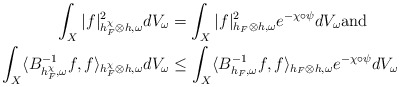
\begin{align*} \int_X|f|^2_{h_F^\chi\otimes h,\omega}dV_\omega&=\int_X|f|^2_{h_F\otimes h,\omega}e^{-\chi\circ\psi}dV_\omega \mathrm{and}\\ \int_X\langle B_{h_F^\chi,\omega}^{-1}f,f\rangle_{h_F^\chi\otimes h,\omega}dV_\omega&\leq\int_X\langle B_{h_F,\omega}^{-1}f,f\rangle_{h_F\otimes h,\omega}e^{-\chi\circ\psi}dV_\omega \end{align*}